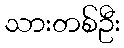
သားတစ်ဦး